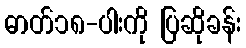
ဓာတ်၁၈-ပါးကို ပြဆိုခန်း